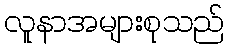
လူနာအများစုသည်